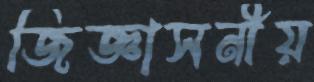
জিজ্ঞাসনীয়